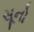
સૂનો